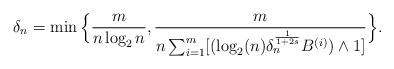
LaTeX: \begin{align*}\delta_n=\min\Big\{\frac{m}{n \log_2 n }, \frac{m}{n \sum_{i=1}^m[ (\log_2(n)\delta_n^{\frac{1}{1+2s}} B^{(i)}) \wedge 1]} \Big\}.\end{align*}